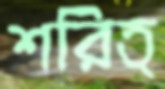
শরিত্